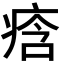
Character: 𭼒